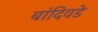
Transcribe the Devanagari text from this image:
बांदिवडे